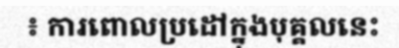
៖ ការពោលប្រដៅក្នុងបុគ្គលនេះ